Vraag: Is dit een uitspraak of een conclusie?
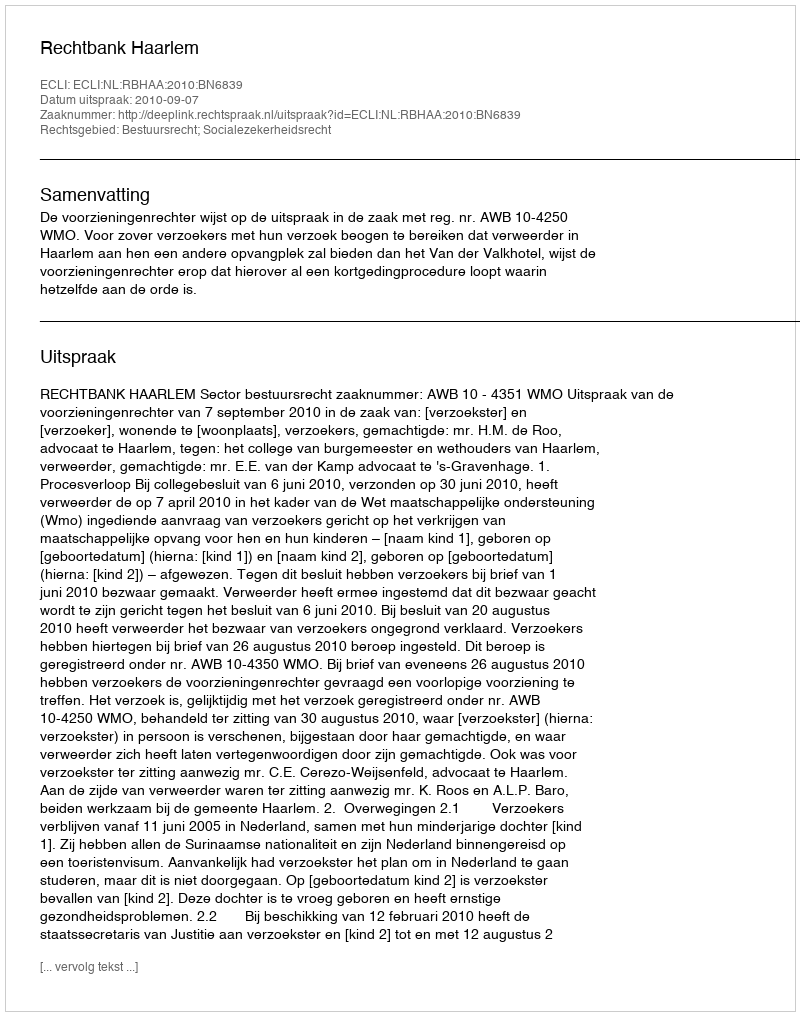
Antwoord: Uitspraak